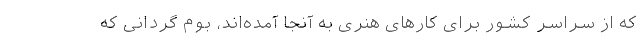
که از سراسر کشور برای کار‌های هنری به آنجا آمده‌اند، بوم گردانی که